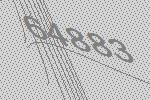
64883